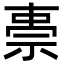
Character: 𮁸